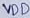
Text: VDD